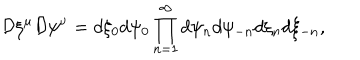
{ \cal D } \xi ^ { \mu } { \cal D } \psi ^ { \nu } = d \xi _ { 0 } d \psi _ { 0 } \prod _ { n = 1 } ^ { \infty } d \psi _ { n } d \psi _ { - n } d \xi _ { n } d \xi _ { - n } ,